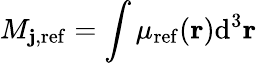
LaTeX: M_{\mathbf{j},\mathrm{{ref}}}=\int{\mu_{\mathrm{{ref}}}(\mathbf{{r}})}\mathrm{{d}}^{3}\mathbf{{r}}